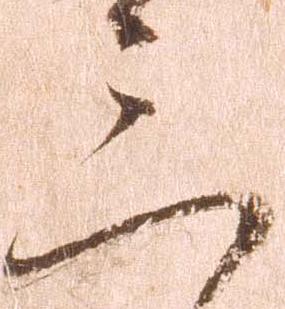
三